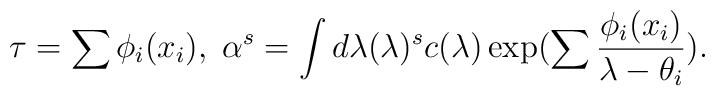
\tau =\sum\phi_i(x_i), \;  \alpha^s=\int d \lambda (\lambda )^sc(\lambda )\exp (\sum \frac{\phi_i(x_i)}{\lambda -\theta_i}).